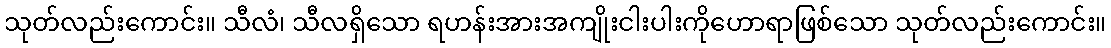
သုတ်လည်းကောင်း။ သီလံ၊ သီလရှိသော ရဟန်းအားအကျိုးငါးပါးကိုဟောရာဖြစ်သော သုတ်လည်းကောင်း။